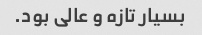
بسیار تازه و عالی بود.